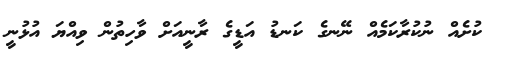
ކުށެއް ނުކުރާކަމެއް ނޭނގެ ކަނޑު އަޑީގެ ރާނީއަށް ވާހިތުން ވިއްޔަ އުޅުނީ